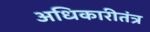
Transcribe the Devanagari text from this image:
अधिकारीतंत्र